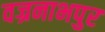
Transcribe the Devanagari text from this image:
वज्रनाभपुर